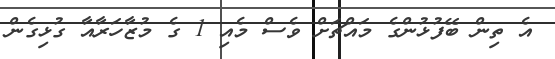
އެ ތިން ބޭފުޅުންގެ މައްޗަށް ވެސް މެއި 1 ގެ މުޒާހަރާއާ ގުޅިގެން